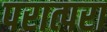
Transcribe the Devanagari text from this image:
परात्परा